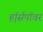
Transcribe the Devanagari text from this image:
ह़ॉर्सपॉवर